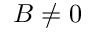
{ \boldsymbol { B } } \neq 0